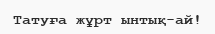
Татуға жұрт ынтық-ай!